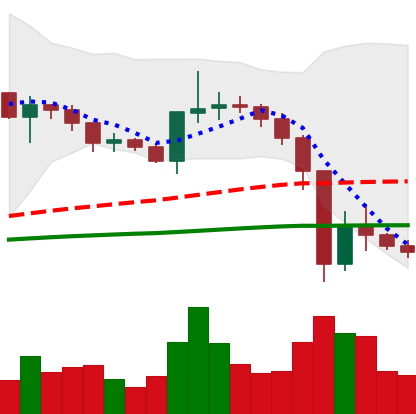
Ticker: XRP-USD
Chart end date: 2020-12-27
Forward return: -16.109%
Label: down_7plus